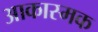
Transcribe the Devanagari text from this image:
आकास्मक